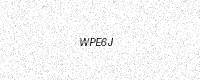
Text: WPE6J